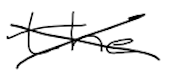
Text: the
Cross-out: cross
Writing tool: digital_black